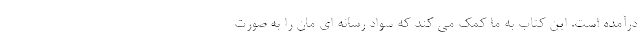
درآمده است. این کتاب به ما کمک می کند که سواد رسانه ای مان را به صورتِ